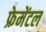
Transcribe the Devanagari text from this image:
फ्रेमेंटल